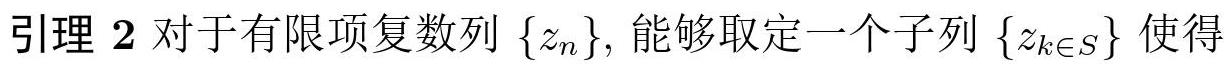
引理 2 对于有限项复数列 $\{z_n\}$, 能够取定一个子列 $\{z_{k\in S}\}$ 使得